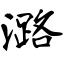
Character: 潞